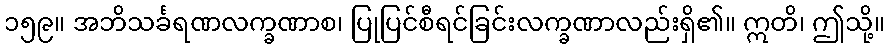
၁၅၉။ အဘိသင်္ခရဏလက္ခဏာစ၊ ပြုပြင်စီရင်ခြင်းလက္ခဏာလည်းရှိ၏။ ဣတိ၊ ဤသို့။